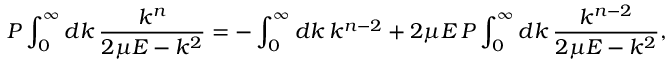
P \int _ { 0 } ^ { \infty } d k \, \frac { k ^ { n } } { 2 \mu E - k ^ { 2 } } = - \int _ { 0 } ^ { \infty } d k \, k ^ { n - 2 } + 2 \mu E \, P \int _ { 0 } ^ { \infty } d k \, \frac { k ^ { n - 2 } } { 2 \mu E - k ^ { 2 } } ,